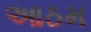
આઠમ